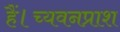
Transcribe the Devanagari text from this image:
हैं।च्यवनप्राश